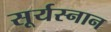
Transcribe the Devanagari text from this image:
सूर्यस्नान